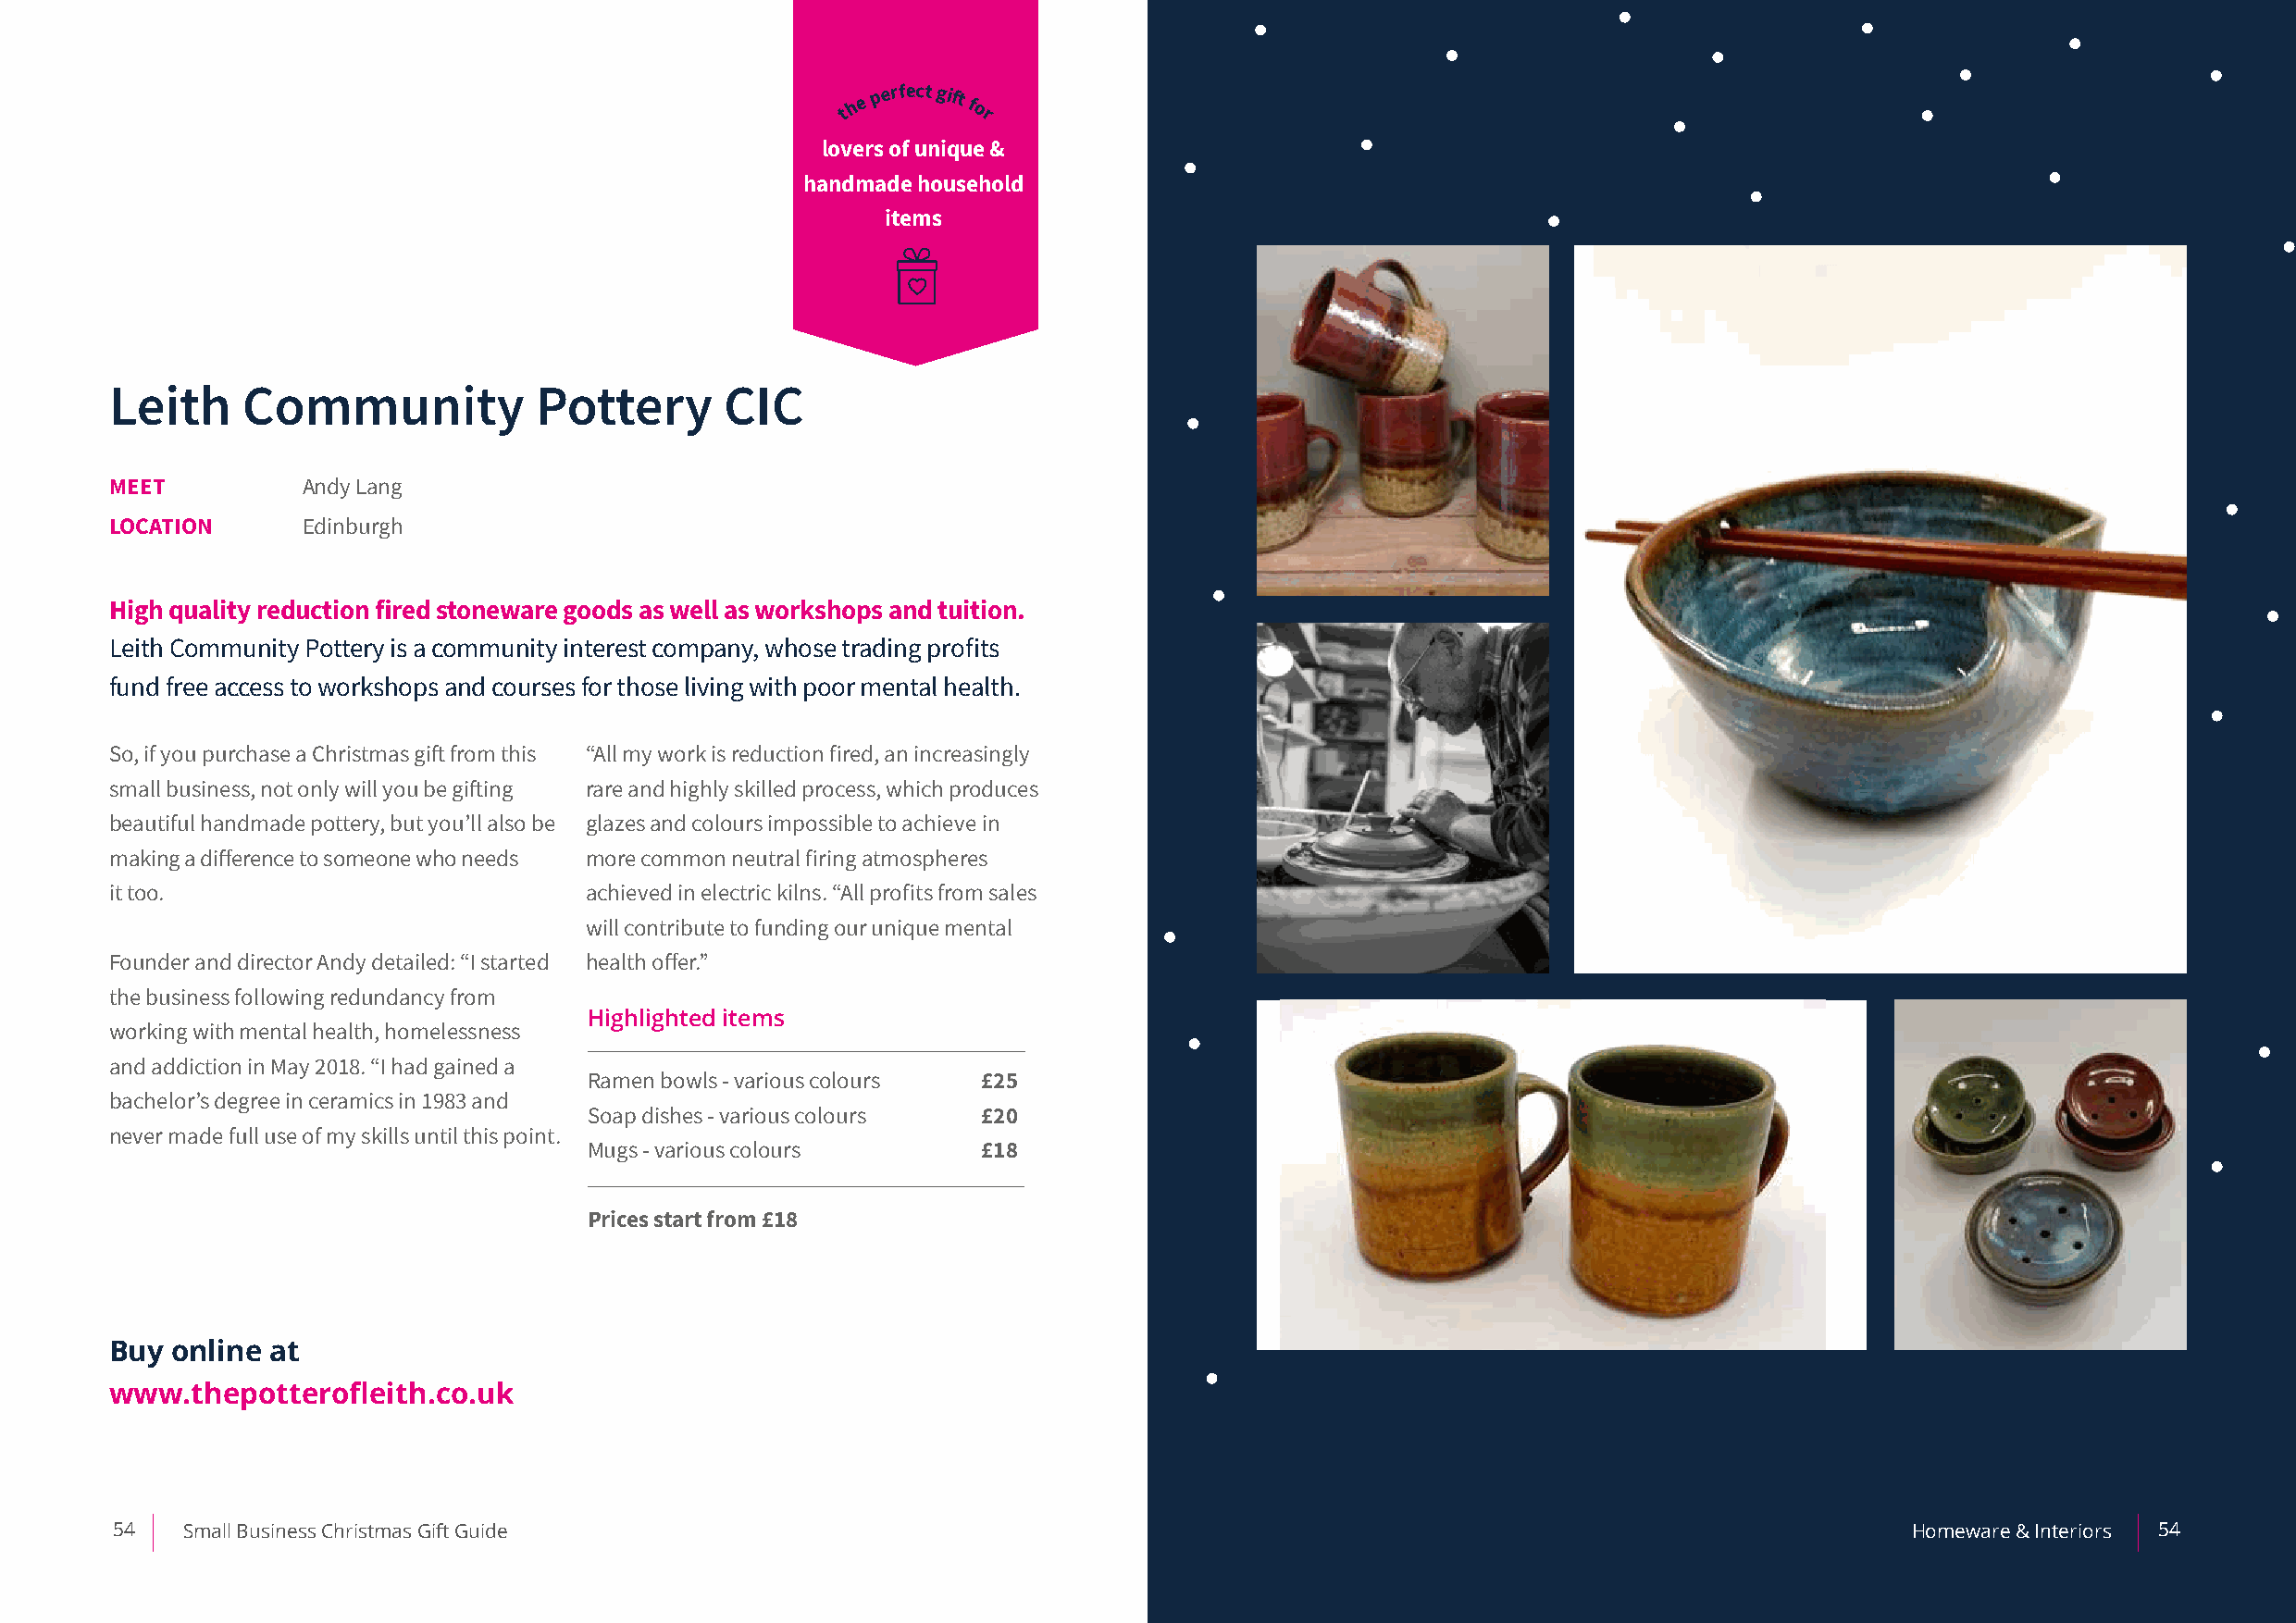
th e p erfect gift for
 lovers of unique &
 handmade household
 items
 Leith    Community            Pottery       CIC
 MEET          Andy Lang
 LOCATION      Edinburgh
 High quality reduction fired stoneware goods as well as workshops and tuition.
 Leith Community Pottery is a community interest company, whose trading profits
 fund free access to workshops and courses for those living with poor mental health.
 So, if you purchase a Christmas gift from this “All my work is reduction fired, an increasingly
 small business, not only will you be gifting rare and highly skilled process, which produces
 beautiful handmade pottery, but you’ll also be glazes and colours impossible to achieve in
 making a difference to someone who needs more common neutral firing atmospheres
 it too.                           achieved in electric kilns. “All profits from sales
 will contribute to funding our unique mental
 Founder and director Andy detailed: “I started health offer.”
 the business following redundancy from
 Highlighted items
 working with mental health, homelessness
 and addiction in May 2018. “I had gained a
 Ramen bowls - various colours £25
 bachelor’s degree in ceramics in 1983 and
 Soap dishes - various colours £20
 never made full use of my skills until this point.
 Mugs - various colours      £18
 Prices start from £18
 Buy online at
 www.thepotterofleith.co.uk
 54   Small Business Christmas Gift Guide                                                                                         Homeware & Interiors 54